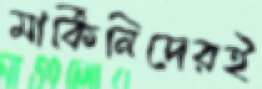
মার্কিনিদেরই